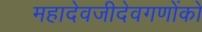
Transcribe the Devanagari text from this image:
महादेवजीदेवगणोंको